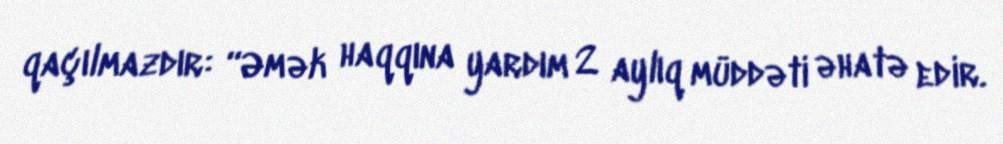
qaçılmazdır: “Əmək haqqına yardım 2 aylıq müddəti əhatə edir.